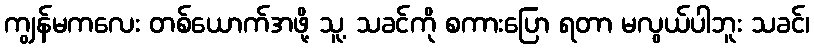
ကျွန်မကလေး တစ်ယောက်အဖို့ သူ့ သခင်ကို စကားပြော ရတာ မလွယ်ပါဘူး သခင်၊